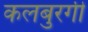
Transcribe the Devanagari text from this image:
कलबुरगी